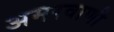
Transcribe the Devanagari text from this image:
अमरवाणी